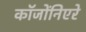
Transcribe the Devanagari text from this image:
कॉजोंनिएरे